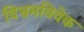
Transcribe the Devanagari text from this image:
विभ्रमविवेक